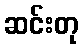
ဆင်းတု